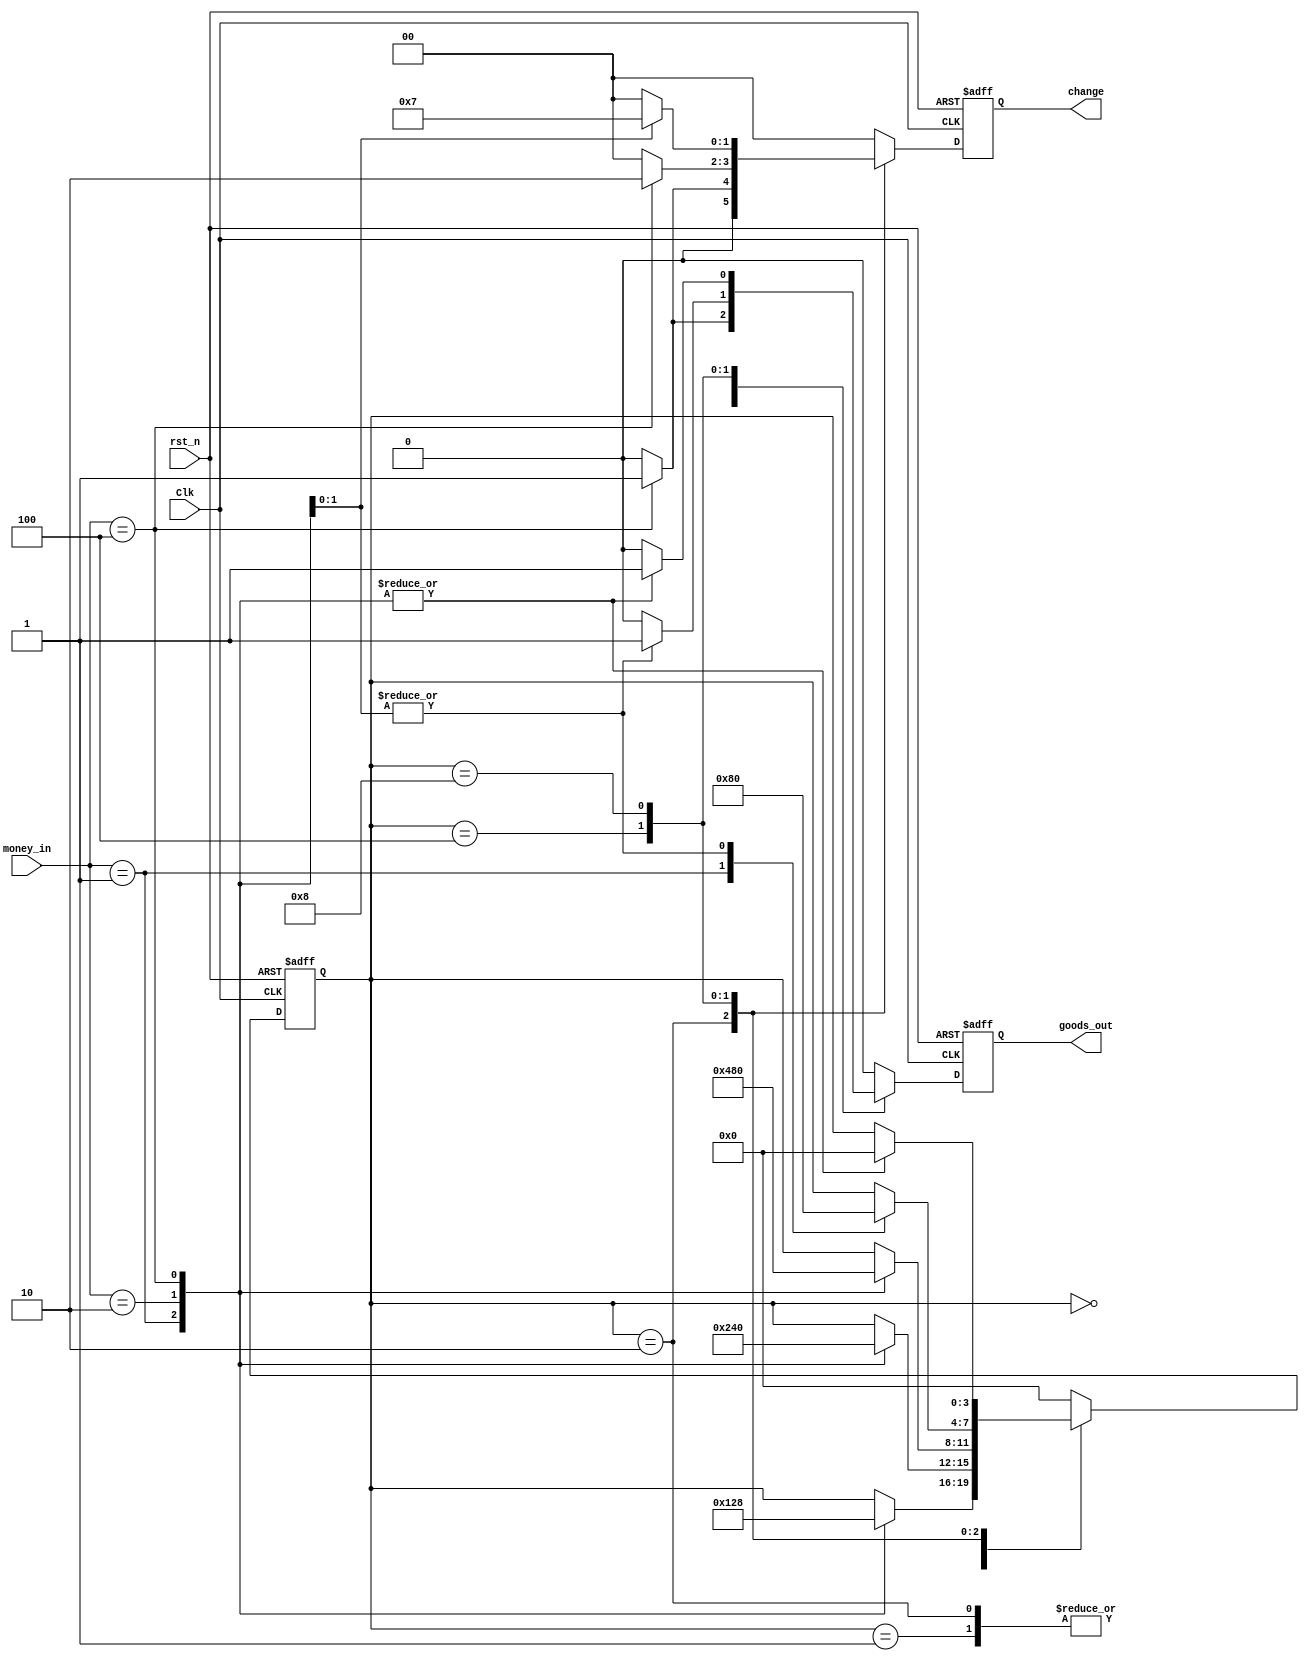
`timescale 1ns / 1ps
//==================================================================================================
//  Version       : V 1.0
//  Description   : Designing a vending machine based on FSM
//  Modification  :
//
//==================================================================================================

module VENDING_MACHINE(
    // INPUTS
        Clk,               // posedge active
        rst_n,             // negedge active
        money_in,          // money input
    // OUTPUTS        
        change,            // change output
        goods_out          // goods output
    );
    // Number of states = 5
    parameter IDLE    = 4'b0000; 
    parameter GET_0_5 = 4'b0001; // get 0.5
    parameter GET_1_0 = 4'b0010; // get 1
    parameter GET_1_5 = 4'b0100; // get 1.5
    parameter GET_2_0 = 4'b1000; // get 2

    input              Clk;
    input              rst_n;
    input    [2:0]     money_in;    // 3'b000->0   3'b001->0.5   3'b010->1    3'b100->2
    
    output   [1:0]     change;      // 2'b00->0   2'b01->0.5   2'b10->1   2'b11->1.5
    output             goods_out;
    
    reg     [1:0]      change;
    reg                goods_out;
    
    reg     [3:0]      State_current;
    reg     [3:0]      State_next;

   
    // State transition module
    always@(posedge Clk or negedge rst_n)
    begin
        if(!rst_n)
            State_current <= IDLE;
        else
            State_current <= State_next;
    end
    
    // State identification module
    always@(State_current or State_next or money_in)
    begin
        case(State_current)
            IDLE:
                case(money_in)
                    3'd1:State_next = GET_0_5;
                    3'd2:State_next = GET_1_0;
                    3'd4:State_next = GET_2_0;   
                    default:State_next = State_current;
                endcase
            GET_0_5:
                case(money_in)
                    3'd1:State_next = GET_1_0;
                    3'd2:State_next = GET_1_5;
                    3'd4:State_next = IDLE;
                    default:State_next = State_current;
                endcase
            GET_1_0:
                case(money_in)
                    3'd1:State_next = GET_1_5;
                    3'd2:State_next = GET_2_0;
                    3'd4:State_next = IDLE;   
                    default:State_next = State_current;
                endcase
            GET_1_5:
                case(money_in)
                    3'd1:State_next = GET_2_0;
                    3'd2:State_next = IDLE; 
                    3'd4:State_next = IDLE; 
                    default:State_next = State_current;
                endcase
            GET_2_0:
                case(money_in)
                    3'd1:State_next = IDLE;
                    3'd2:State_next = IDLE;
                    3'd4:State_next = IDLE;   
                    default:State_next = State_current;
                endcase
            default:State_next = IDLE;
        endcase
    end

    // Output determination module
    always@(posedge Clk or negedge rst_n)
    begin
        goods_out  <= 1'd0; 
        change     <= 2'd0;
        if(!rst_n)begin
            goods_out  <= 1'd0; // reset
            change     <= 2'd0;
        end
        else begin
            case(State_current)
            IDLE:
                case(money_in)
                    3'd1:begin end
                    3'd2:begin end
                    3'd4:begin end   
                endcase
            GET_0_5:
                case(money_in)
                    3'd1:begin end
                    3'd2:begin end
                    3'd4:begin goods_out  <= 1'd1;end
                endcase
            GET_1_0:
                case(money_in)
                    3'd1:begin end
                    3'd2:begin end
                    3'd4:begin goods_out <= 1'd1;  change <= 2'd1;end   
                endcase
            GET_1_5:
                case(money_in)
                    3'd1:begin end
                    3'd2:begin goods_out  <= 1'd1;end 
                    3'd4:begin goods_out <= 1'd1;  change <= 2'd2;end  
                endcase
            GET_2_0:
                case(money_in)
                    3'd1:begin goods_out  <= 1'd1;end
                    3'd2:begin goods_out <= 1'd1;  change <= 2'd1;end
                    3'd4:begin goods_out <= 1'd1;  change <= 2'd3;end   
                endcase
            endcase
        end
    end


endmodule